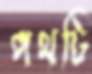
পথটি